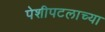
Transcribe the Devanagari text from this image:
पेशीपटलाच्या